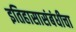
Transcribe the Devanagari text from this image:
इतिहासासंबंधीचा